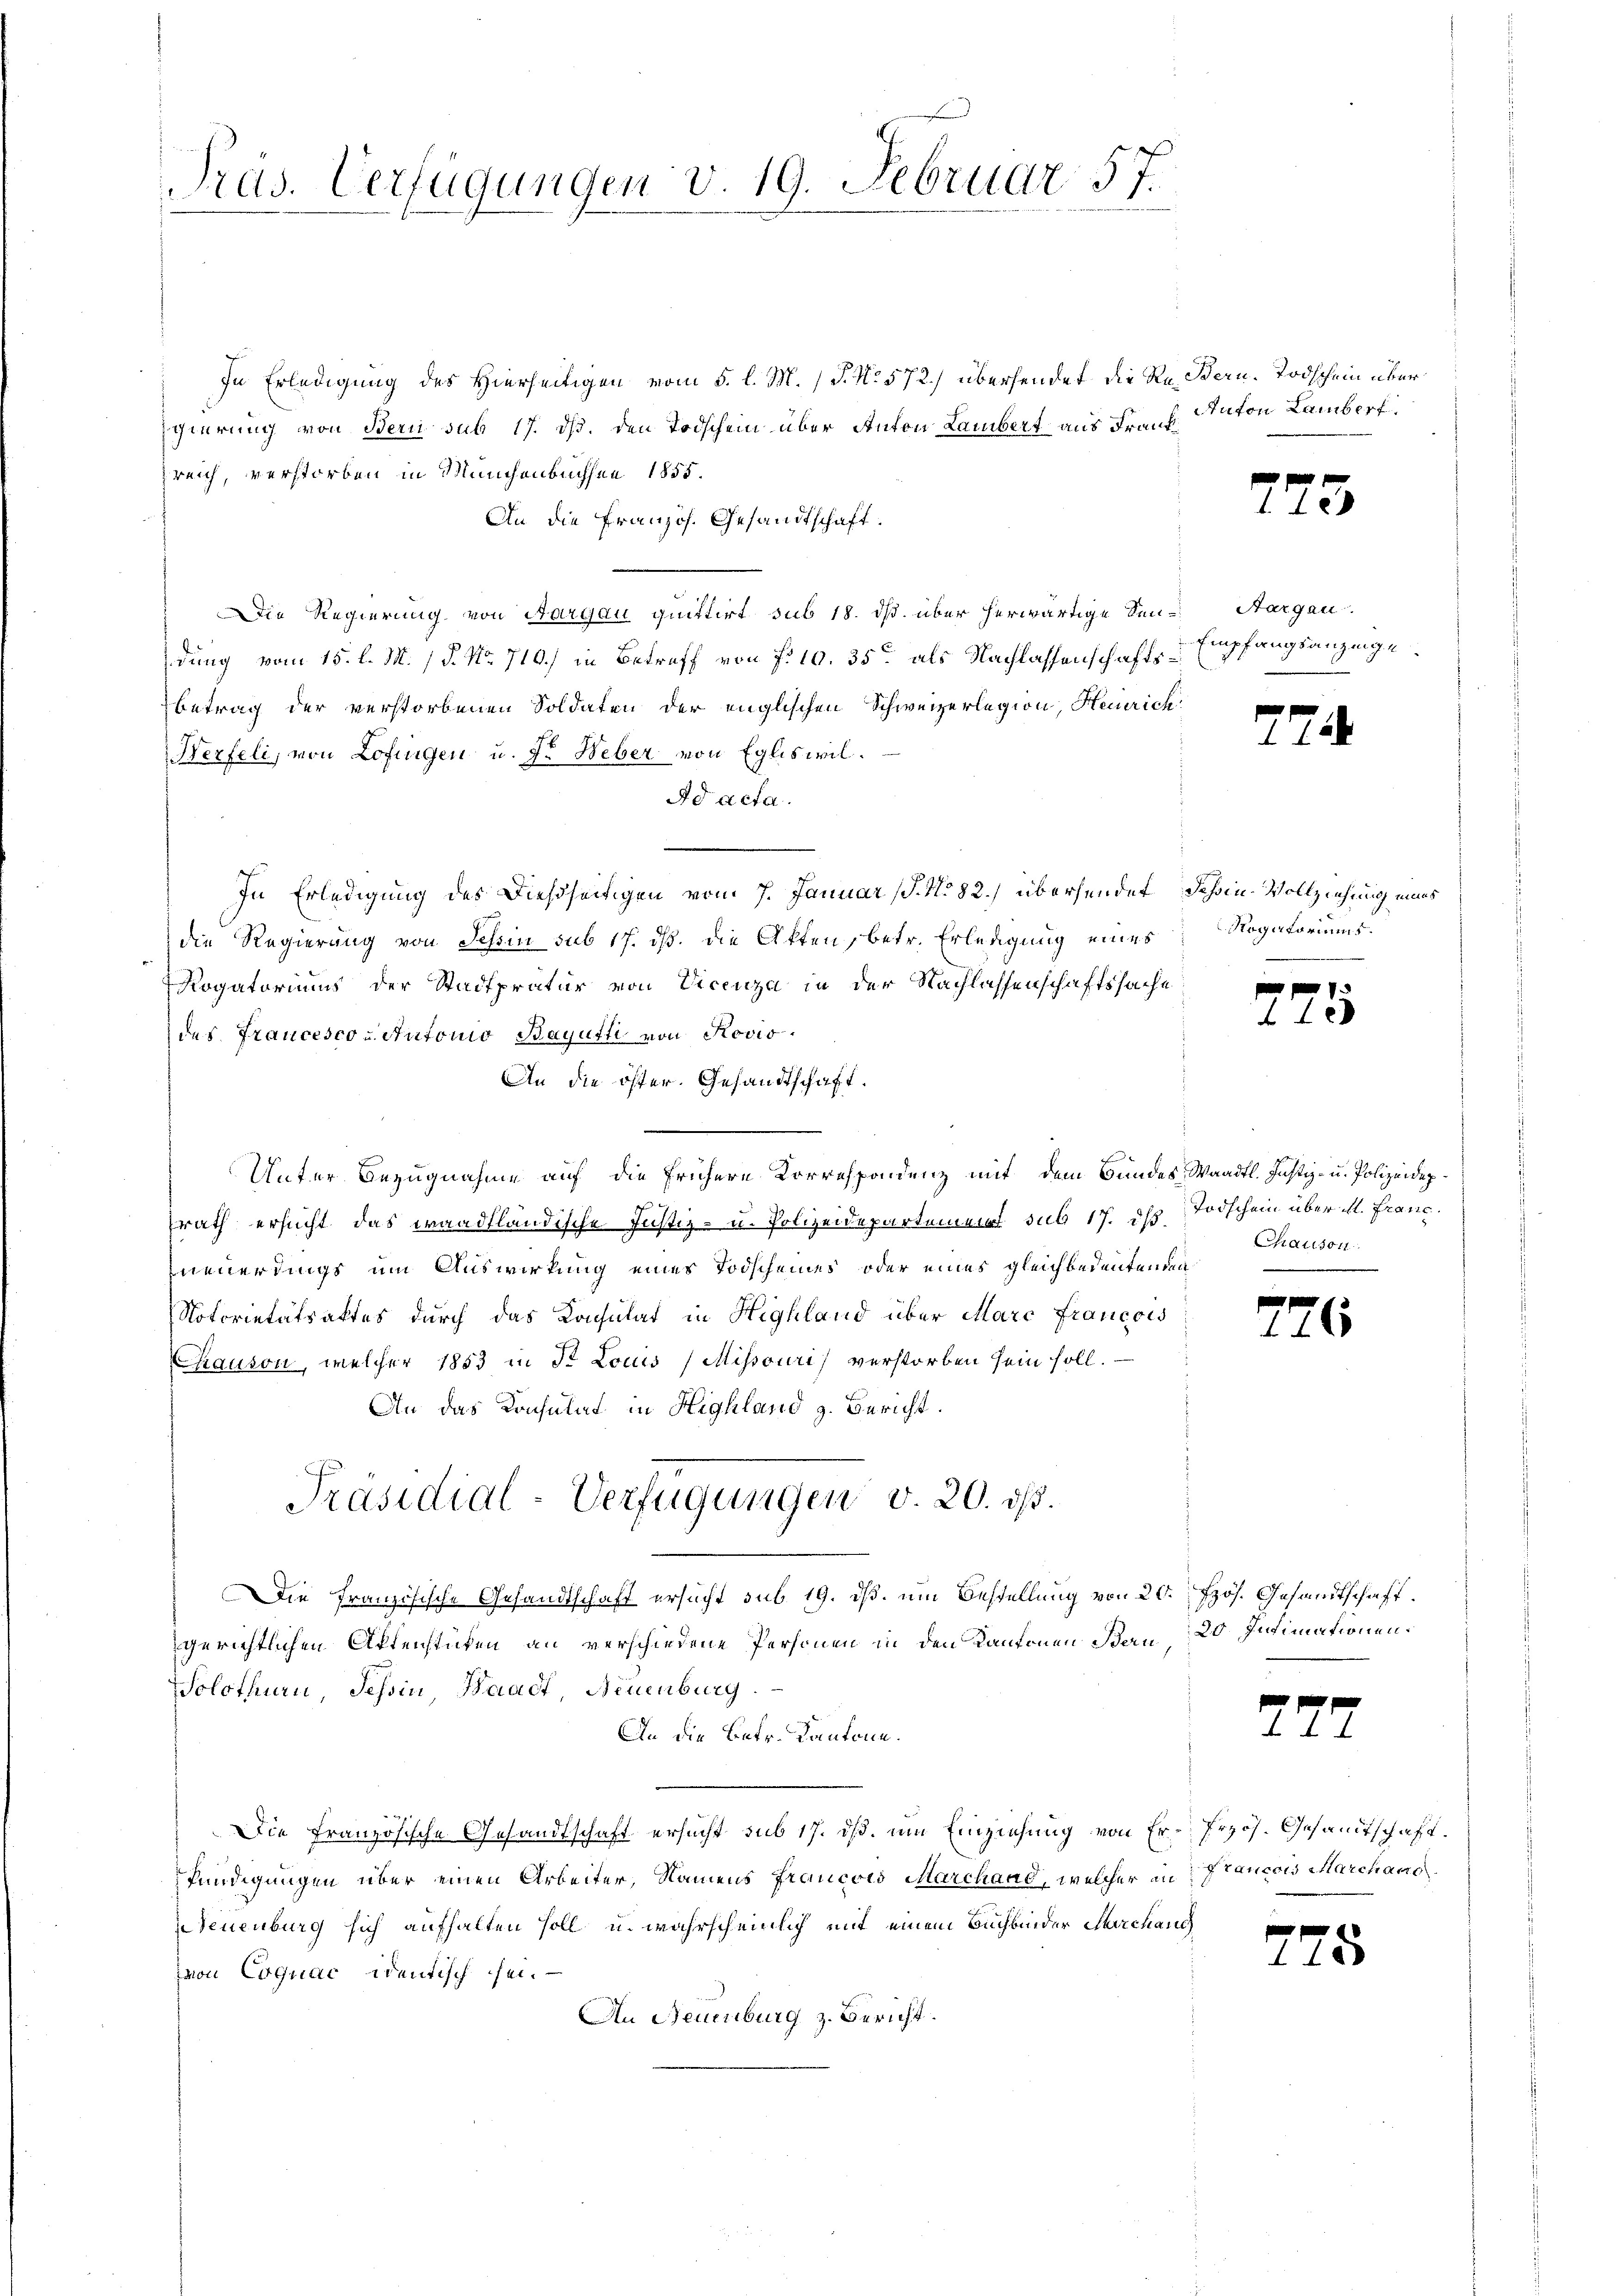
Präs. Verfügungen v. 19. Februar 57.

In Erledigung des Hierseitigen vom 5. l. M. P. No 572) übersendet die Re. Bern. Todschein übergierung von Bern sub 17. ds. den Todschein über Anton Lambert aus Frankreich, verstorben in Münchenbuchsen 1855.
An die Französ. Gesandtschaft.
Die Regierung von Aargau quittirt sub 18. ds. über herwärtige Sen-Aargau.
dung vom 15. l. M. /d. No. 710.) in Betreff von f. 10. 35 als Nachlassenschaftsbetrag der verstorbenen Soldaten der englischen Schweizerlegion, Heinrich
Nerfeli, von Lofingen u. fr. Weber von Egliswil.
Ad acta.
In Erledigung des Dießseitigen vom 7. Januar (§. No 82.) übersendet dahin-Vollziehung eines
die Regierung von Schin sub 17. ds. die Akten, betr. Erledigung eines
Rogatoriums der Stadtpratur von Vicenza in der Nachlassenschaftssache
des Francesco u. Antonio Bayutti von Rovis
An die öfter. Gesandtschaft.
Unter Bezugnahme auf die frühere Korrespondenz mit dem Bundes Waadt. Justiz- u. Polizeidep
rath ersucht das waadtländische Justiz- u. Polizeidepartement sub 17. dh. Todschein über ihl. Franc
neuerdings um Auswirkung eines Todscheines oder eines gleichbedeutenden
Notorietätsaktes durch das Kachsutat in Highland über Marc Francois
Chauson, welcher 1853 in Dr. Louis (Missouri verstorben sein soll.
An das Konsulat in Highland z. Bericht.
Präsidial-Verfügungen v. 20. ds.
Die Französische Gesandtschaft ersucht sub 19. dß. um Bestellung von 20. Jos. Gesandtschaft.
gerichtlichen Aktenstufen an verschiedene Personen in den Kantonen Bau 20. Intimationen.
Solothurn, Tessin, Waadt, Neuenburg.
An die Betr. Kantone.
Die Französische Gesandtschaft ersucht sub 17. dß. um Einziehung von Er- Prof. Gesandtschaft
fündigungen über einen Arbeiter, Namens Francois Marchand, welcher an Francois Marchaus
Neuenburg sich aufhalten soll u. wahrscheinlich mit einem Buchbinder Kirchang
von Cognac identisch sei.
An Neuenburg z. Bericht.

Inton Lambert.

Empfangsanzeige

e

Rogatoriums.

Chauson

¬

A

5

7

25

6

25